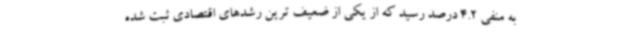
به منفی 4.2 درصد رسید که از یکی از ضعیف ترین رشدهای اقتصادی ثبت شده